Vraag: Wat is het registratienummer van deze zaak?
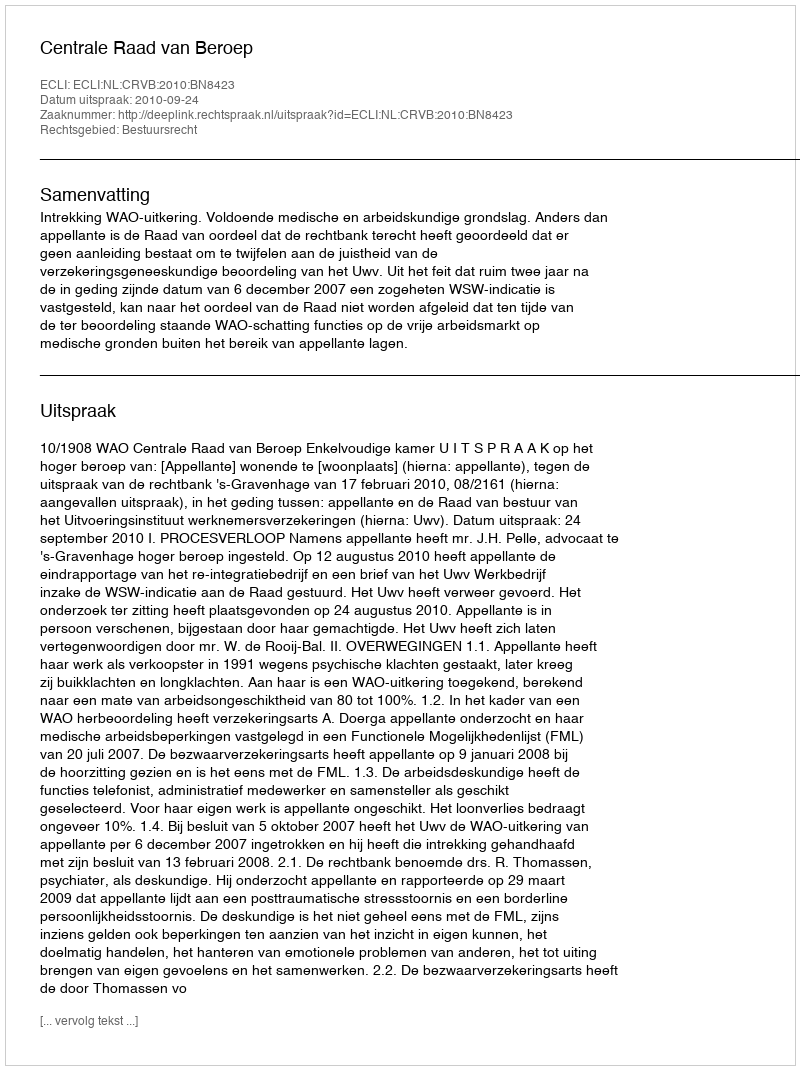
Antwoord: http://deeplink.rechtspraak.nl/uitspraak?id=ECLI:NL:CRVB:2010:BN8423